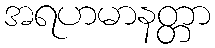
အရဟမာနတ္တာ